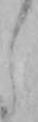
し